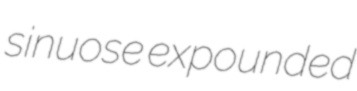
sinuose expounded